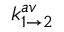
k _ { 1 \rightarrow 2 } ^ { a v }